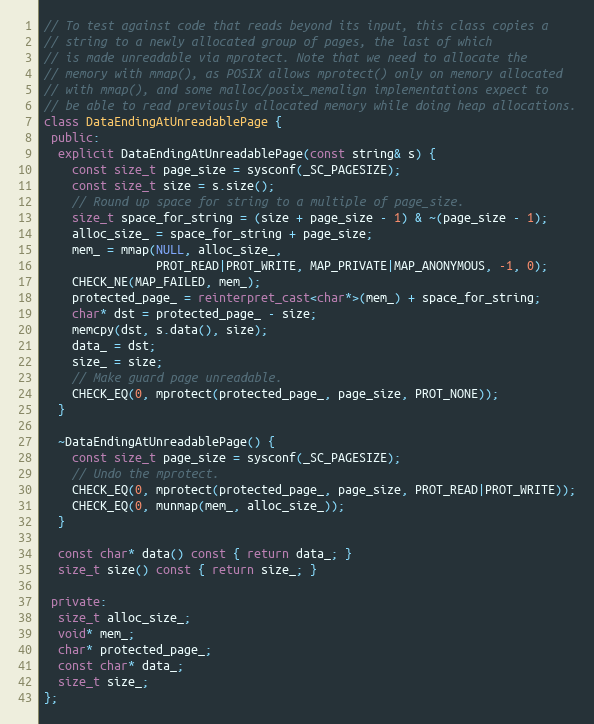
Language: C++
// To test against code that reads beyond its input, this class copies a
// string to a newly allocated group of pages, the last of which
// is made unreadable via mprotect. Note that we need to allocate the
// memory with mmap(), as POSIX allows mprotect() only on memory allocated
// with mmap(), and some malloc/posix_memalign implementations expect to
// be able to read previously allocated memory while doing heap allocations.
class DataEndingAtUnreadablePage {
 public:
  explicit DataEndingAtUnreadablePage(const string& s) {
    const size_t page_size = sysconf(_SC_PAGESIZE);
    const size_t size = s.size();
    // Round up space for string to a multiple of page_size.
    size_t space_for_string = (size + page_size - 1) & ~(page_size - 1);
    alloc_size_ = space_for_string + page_size;
    mem_ = mmap(NULL, alloc_size_,
                PROT_READ|PROT_WRITE, MAP_PRIVATE|MAP_ANONYMOUS, -1, 0);
    CHECK_NE(MAP_FAILED, mem_);
    protected_page_ = reinterpret_cast<char*>(mem_) + space_for_string;
    char* dst = protected_page_ - size;
    memcpy(dst, s.data(), size);
    data_ = dst;
    size_ = size;
    // Make guard page unreadable.
    CHECK_EQ(0, mprotect(protected_page_, page_size, PROT_NONE));
  }

  ~DataEndingAtUnreadablePage() {
    const size_t page_size = sysconf(_SC_PAGESIZE);
    // Undo the mprotect.
    CHECK_EQ(0, mprotect(protected_page_, page_size, PROT_READ|PROT_WRITE));
    CHECK_EQ(0, munmap(mem_, alloc_size_));
  }

  const char* data() const { return data_; }
  size_t size() const { return size_; }

 private:
  size_t alloc_size_;
  void* mem_;
  char* protected_page_;
  const char* data_;
  size_t size_;
};